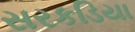
સરકડિયા